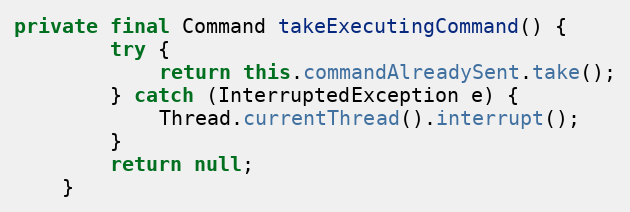
Language: Java
private final Command takeExecutingCommand() {
		try {
			return this.commandAlreadySent.take();
		} catch (InterruptedException e) {
			Thread.currentThread().interrupt();
		}
		return null;
	}